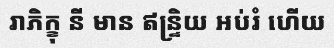
រាភិក្ខុ នី មាន ឥន្ទ្រិយ អប់រំ ហើយ